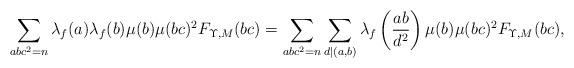
LaTeX: \begin{align*} & \sum_{abc^2=n} \lambda_f(a)\lambda_f(b)\mu(b)\mu(bc)^2 F_{\Upsilon,M}(bc) = \sum_{abc^2=n} \sum_{d|(a,b)}\lambda_f\left(\frac{ab}{d^2}\right)\mu(b)\mu(bc)^2 F_{\Upsilon,M}(bc), \end{align*}